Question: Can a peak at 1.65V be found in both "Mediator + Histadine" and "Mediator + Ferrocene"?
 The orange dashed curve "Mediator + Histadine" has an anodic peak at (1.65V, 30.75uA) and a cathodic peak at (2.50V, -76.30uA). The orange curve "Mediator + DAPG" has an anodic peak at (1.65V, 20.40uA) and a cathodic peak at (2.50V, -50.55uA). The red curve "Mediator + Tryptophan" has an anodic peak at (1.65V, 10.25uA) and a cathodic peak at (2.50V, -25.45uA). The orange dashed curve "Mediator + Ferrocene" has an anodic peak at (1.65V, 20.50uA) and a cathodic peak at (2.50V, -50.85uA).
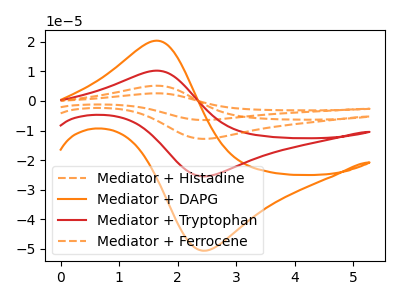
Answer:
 <answer>Yes, "Mediator + Histadine" and "Mediator + Ferrocene" share a peak at 1.65V.</answer>
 <eval>match</eval>